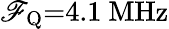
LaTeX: \mathscr{F}_{\mathrm{{Q}}}{=}4.1~\mathrm{{MHz}}